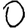
Digit: 0